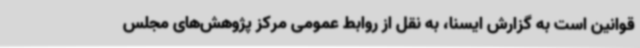
قوانین است به گزارش ایسنا، به نقل از روابط عمومی مرکز پژوهش‌های مجلس